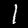
Digit: 1